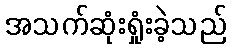
အသက်ဆုံးရှုံးခဲ့သည်